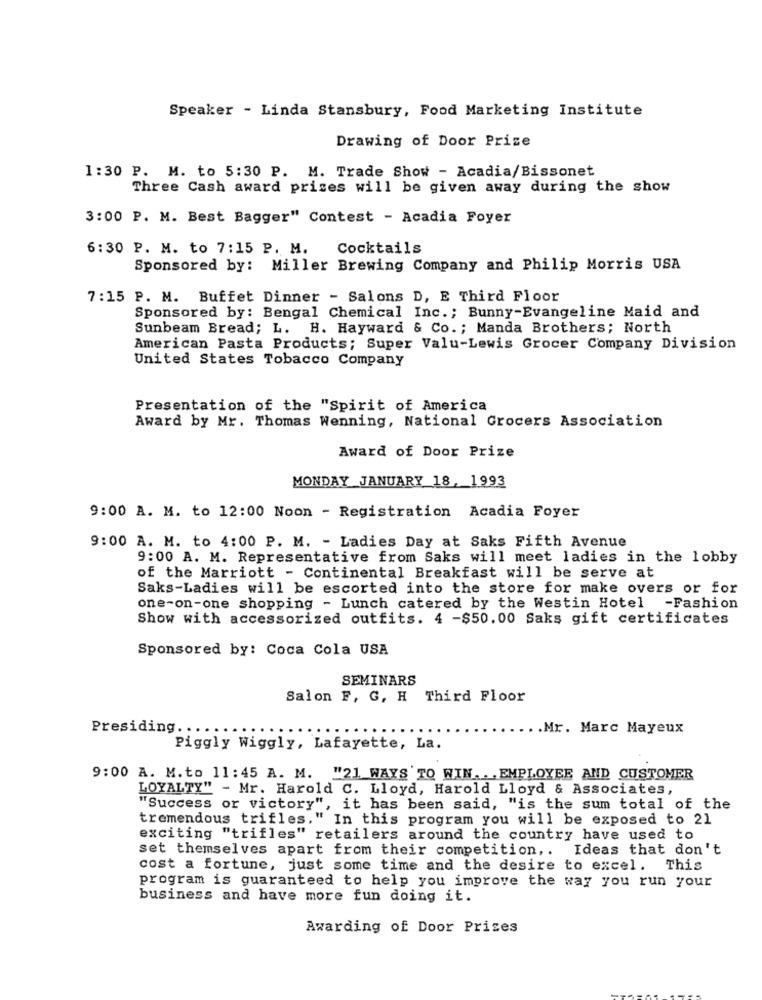
Speaker - Linda Stansbury, Food Marketing Institute
Drawing of Door Prise
1:30 P. M. to 5:30 P. M. Trade Show - Acadia/Bissonet
Three Cash award prises will be given away during the show
3:00 P. M. Best Bagger" Contest - Acadia Foyer
6:30 P. M. to 7:15 P. M.
Cocktails
Sponsored by: Miller Brewing Company and Philip Morris USA
7:15 P. M. Buffet Dinner - Salons D, E Third Floor
Sponsored by: Bengal Chemical Inc .; Bunny-Evangeline Maid and
Sunbeam Bread; L. H. Hayward & Co. ; Manda Brothers; North
American Pasta Products; Super Valu-Lewis Grocer Company Division
United States Tobacco Company
Presentation of the "Spirit of America
Award by Mr. Thomas Wenning, National Grocers Association
Award of Door Prize
MONDAY JANUARY 18, 1993
9:00 A. M. to 12:00 Noon - Registration Acadia Foyer
9:00 A. M. to 4:00 P. M. - Ladies Day at Saks Fifth Avenue
9:00 A. M. Representative from Saks will meet ladies in the lobby
of the Marriott - Continental Breakfast will be serve at
Saks-Ladies will be escorted into the store for make overs or for
one-on-one shopping - Lunch catered by the Westin Hotel -Fashion
Show with accessorized outfits. 4 -$50.00 Saks gift certificates
Sponsored by: Coca Cola USA
SEMINARS
Salon F, G, H Third Floor
Presiding ...
.Mr. Marc Mayeux
Piggly Wiggly, Lafayette, La.
9:00 A. M.to 11:45 A. M. "21 WAYS TO WIN .. . EMPLOYEE AND CUSTOMER
LOYALTY" - Mr. Harold C. Lloyd, Harold Lloyd & Associates,
"Success or victory", it has been said, "is the sum total of the
tremendous trifles." In this program you will be exposed to 21
exciting "trifles" retailers around the country have used to
set themselves apart from their competition ,. Ideas that don't
cost a fortune, just some time and the desire to excel. This
program is guaranteed to help you improve the way you run your
business and have more fun doing it.
Awarding of Door Prizes